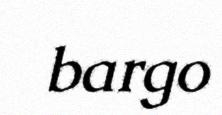
bargo